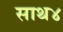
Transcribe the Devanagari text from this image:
साथ४